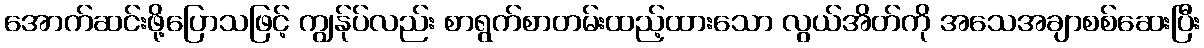
အောက်ဆင်းဖို့ပြောသဖြင့် ကျွန်ုပ်လည်း စာရွက်စာတမ်းထည့်ထားသော လွယ်အိတ်ကို အသေအချာစစ်ဆေးပြီး